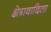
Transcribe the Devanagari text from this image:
क्षेत्रावादिता